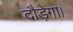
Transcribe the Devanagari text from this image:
दौड़ेगा।